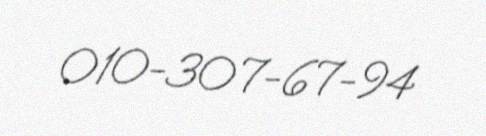
010-307-67-94